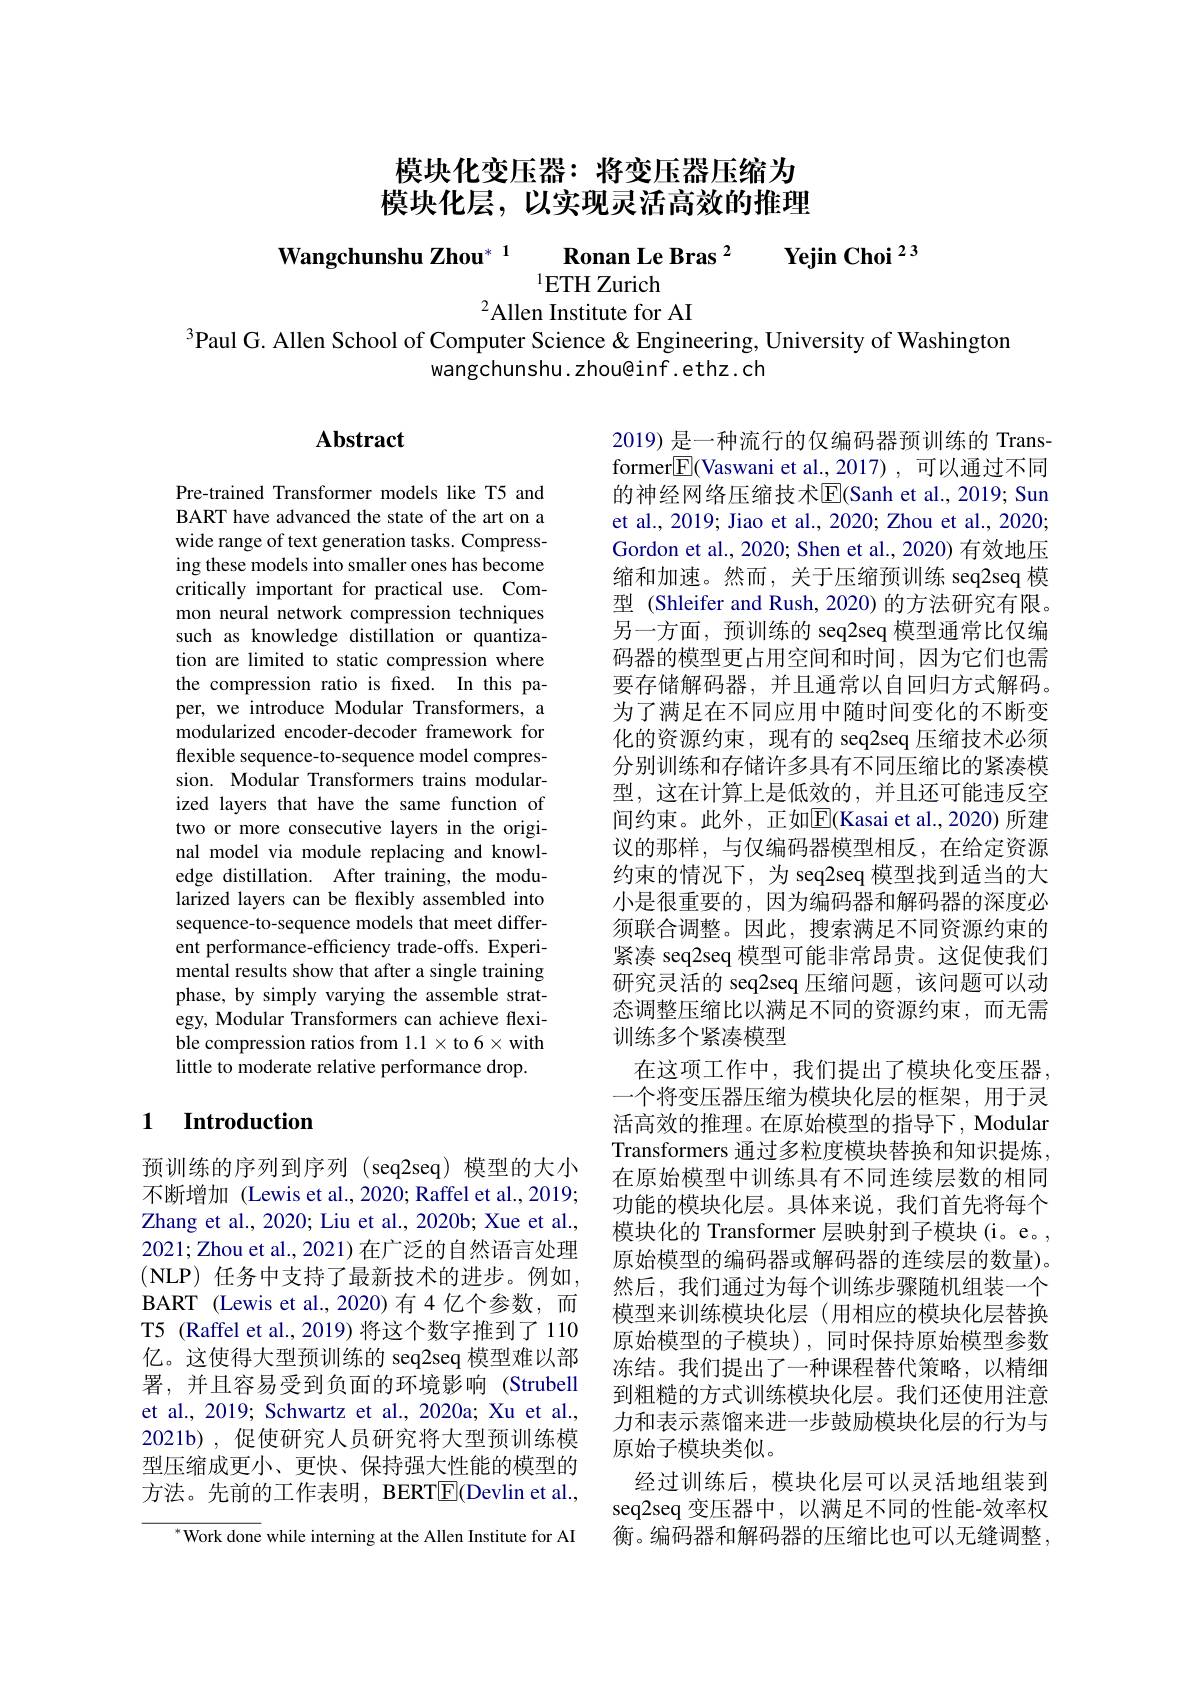
# 模块化变压器：将变压器压缩为模块化层，以实现灵活高效的推理

$\textbf{Wangchunshu Zhou}^{* 1}$ $\textbf{Ronan Le Bras }^{2}$ $\textbf{Yejin Choi }^{23}$
$^{2}$Allen Institute for AI
$^{3}$Paul G. Allen School of Computer Science & Engineering, University of Washington

wangchunshu.zhou@inf.ethz.ch

## $\mathbf{Abstract}$

Pre-trained Transformer models like T5 and BART have advanced the state of the art on a wide range of text generation tasks. Compressing these models into smaller ones has become critically important for practical use. Common neural network compression techniques such as knowledge distillation or quantization are limited to static compression where the compression ratio is fixed. In this paper, we introduce Modular Transformers, a modularized encoder-decoder framework for flexible sequence-to-sequence model compression. Modular Transformers trains modularized layers that have the same function of two or more consecutive layers in the original model via module replacing and knowledge distillation. After training, the modularized layers can be flexibly assembled into sequence-to-sequence models that meet different performance-efficiency trade-offs. Experimental results show that after a single training phase, by simply varying the assemble strategy, Modular Transformers can achieve flexible compression ratios from $1.1\times$to 6$\times$with little to moderate relative performance drop.

2019) 是一种流行的仅编码器预训练的 Transformer$\boxed{\mathrm{F}}($Vaswani et al.,2017),可以通过不同的神经网络压缩技术$\overline{\mathrm{E}}$(Sanh et al., 2019; Sun et al., 2019; Jiao et al., 2020; Zhou et al., 2020; Gordon et al., 2020; Shen et al., 2020) 有效地压缩和加速。然而，关于压缩预训练 seq2seq 模型 (Shleifer and Rush, 2020) 的方法研究有限。另一方面，预训练的 seq2seq 模型通常比仅编码器的模型更占用空间和时间，因为它们也需要存储解码器，并且通常以自回归方式解码。为了满足在不同应用中随时间变化的不断变化的资源约束，现有的 seq2seq 压缩技术必须分别训练和存储许多具有不同压缩比的紧凑模型，这在计算上是低效的，并且还可能违反空间约束。此外，正如E[(Kasai et al.,2020)所建议的那样，与仅编码器模型相反，在给定资源约束的情况下，为 seq2seq 模型找到适当的大小是很重要的，因为编码器和解码器的深度必须联合调整。因此，搜索满足不同资源约束的紧凑 seq2seq 模型可能非常昂贵。这促使我们研究灵活的 seq2seq 压缩问题，该问题可以动态调整压缩比以满足不同的资源约束，而无需训练多个紧凑模型
在这项工作中，我们提出了模块化变压器， 一个将变压器压缩为模块化层的框架，用于灵活高效的推理。在原始模型的指导下，Modular Transformers 通过多粒度模块替换和知识提炼， 在原始模型中训练具有不同连续层数的相同功能的模块化层。具体来说，我们首先将每个模块化的 Transformer 层映射到子模块(i。e。, 原始模型的编码器或解码器的连续层的数量)。然后，我们通过为每个训练步骤随机组装一个模型来训练模块化层(用相应的模块化层替换原始模型的子模块),同时保持原始模型参数冻结。我们提出了一种课程替代策略，以精细到粗糙的方式训练模块化层。我们还使用注意力和表示蒸馏来进一步鼓励模块化层的行为与原始子模块类似。
经过训练后，模块化层可以灵活地组装到seq2seq 变压器中，以满足不同的性能-效率权衡。编码器和解码器的压缩比也可以无缝调整，

### 1 $\textbf{Introduction}$

预训练的序列到序列(seq2seq)模型的大小不断增加 (Lewis et al., 2020; Raffel et al., 2019; Zhang et al., 2020; Liu et al., 2020b; Xue et al., 2021;Zhou et al., 2021) 在广泛的自然语言处理(NLP) 任务中支持了最新技术的进步。例如BART (Lewis et al.,2020)有4亿个参数，而T5 (Raffel et al., 2019) 将这个数字推到了 110亿。这使得大型预训练的 seq2seq 模型难以部署，并且容易受到负面的环境影响(Strubell et al., 2019; Schwartz et al., 2020a; Xu et al., 2021b), 促使研究人员研究将大型预训练模型压缩成更小、更快、保持强大性能的模型的方法。先前的工作表明，BERT$\underline{\mathrm{E}}($Devlin et al.,

$^{*}$Work done while interning at the Allen Institute for AI